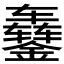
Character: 𬬇